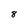
Character: 8